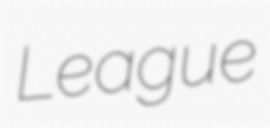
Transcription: League